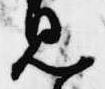
見